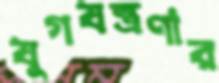
যুগযন্ত্রণার